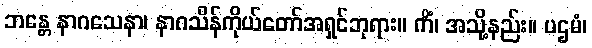
ဘန္တေ နာဂသေနာ၊ နာဂသိန်ကိုယ်တော်အရှင်ဘုရား။ ကိံ၊ အသို့နည်း။ ပဌမံ၊